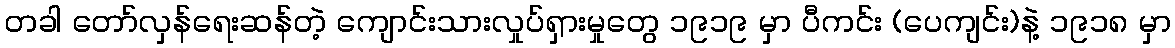
တခါ တော်လှန်ရေးဆန်တဲ့ ကျောင်းသားလှုပ်ရှားမှုတွေ ၁၉၁၉ မှာ ပီကင်း (ပေကျင်း)နဲ့ ၁၉၁၈ မှာ